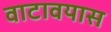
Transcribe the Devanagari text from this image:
वाटावयास